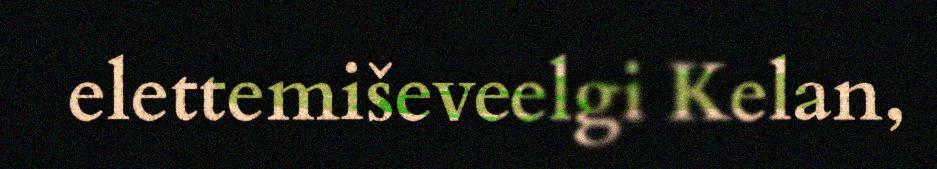
elettemiševeelgi Kelan,